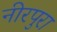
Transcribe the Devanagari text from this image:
नीरपुरा